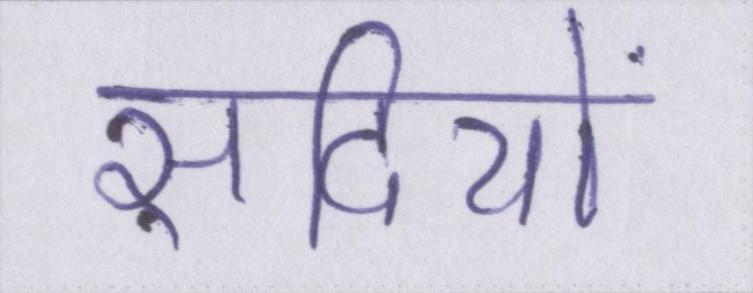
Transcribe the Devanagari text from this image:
सदियों